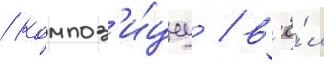
/ композ'и́циу / в'ё́л